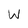
Character: W